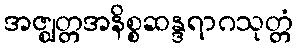
အဇ္ဈတ္တအနိစ္စဆန္ဒရာဂသုတ္တံ